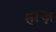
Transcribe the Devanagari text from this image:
हाज़